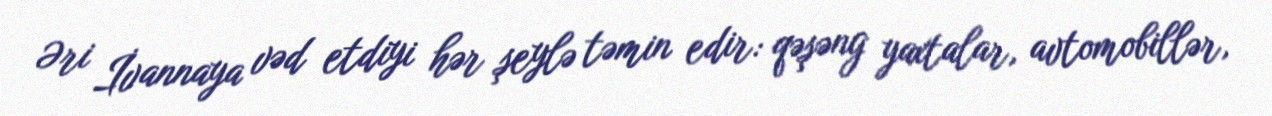
Əri İvannaya vəd etdiyi hər şeylə təmin edir: qəşəng yaxtalar, avtomobillər,